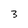
Character: 3